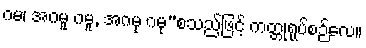
ဂမ၊ အဂမူ ဂမူ, အဂမု ဂမု”စသည်ဖြင့် ကတ္တုရုပ်စဉ်လေ။